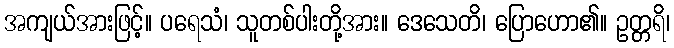
အကျယ်အားဖြင့်။ ပရေသံ၊ သူတစ်ပါးတို့အား။ ဒေသေတိ၊ ပြောဟော၏။ ဥတ္တရိ၊